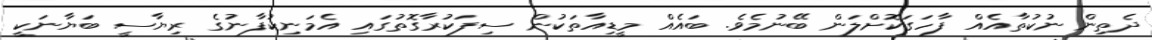
ދެތިން ނުކުތާއެއް ފާހަގަކޮށްލަން ބޭނުމެވެ. ބައެއް މީޑިއާތަކުން ސިފަކުރާގޮތުގައި އެމަނިކުފާނުގެ ރިޔާސީ ބަޔާނަކީ